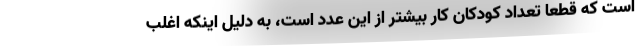
است که قطعا تعداد کودکان کار بیشتر از این عدد است، به دلیل اینکه اغلب